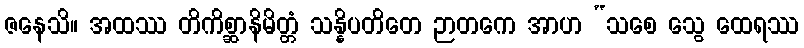
ဇနေသိ။ အထဿ တိကိစ္ဆာနိမိတ္တံ သန္နိပတိတေ ဉာတကေ အာဟ “သစေ သွေ ထေရဿ